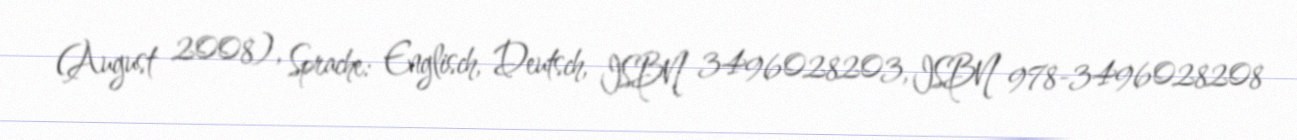
(August 2008), Sprache: Englisch, Deutsch, ISBN 3496028203, ISBN 978-3496028208